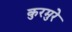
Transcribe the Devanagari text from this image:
कुरमुरे